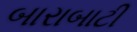
બારાબાટી